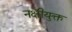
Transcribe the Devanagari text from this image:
नक्षीयुक्त